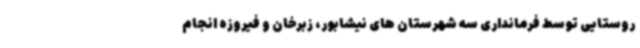
روستایی توسط فرمانداری سه شهرستان های نیشابور، زبرخان و فیروزه انجام